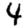
Digit: 4